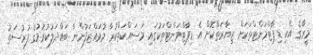
މީރާގެ އެކި ޑިޕާޓްމަންޓްތަކަށް ޒިޔާރަތްކޮށް އެ ޑިޕާޓްމަންޓްތަކުގައި މަސައްކަތްކުރާ މުވައްޒަފުންނާ ބައްދަލުކުރުމުގެ ފުރުސަތު